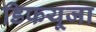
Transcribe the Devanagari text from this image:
डिफयूजा